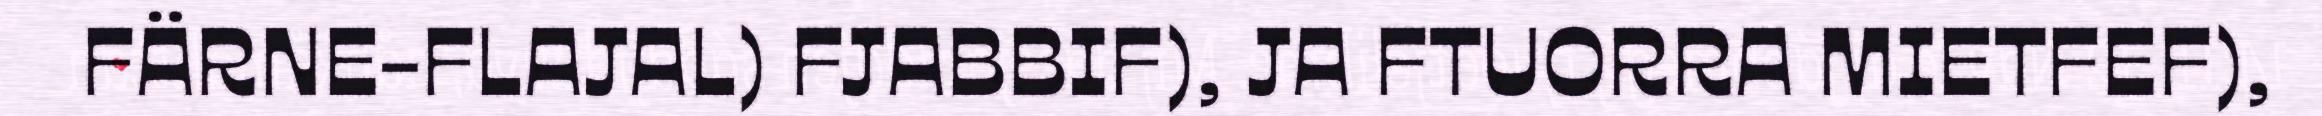
FÄRNE-FLAJAL) FJABBIF), JA FTUORRA MIETFEF),